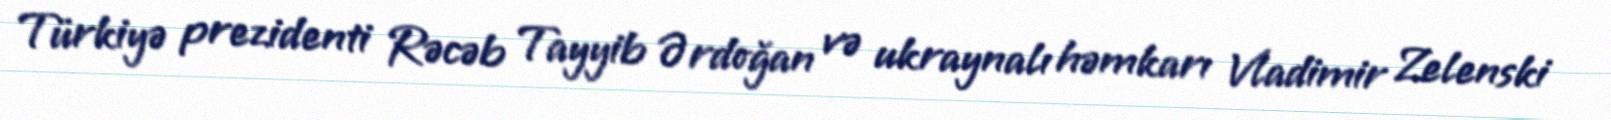
Türkiyə prezidenti Rəcəb Tayyib Ərdoğan və ukraynalı həmkarı Vladimir Zelenski